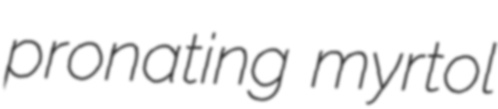
pronating myrtol